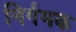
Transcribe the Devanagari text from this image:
निर्गमक